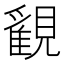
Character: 𧢉